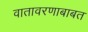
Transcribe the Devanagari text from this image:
वातावरणाबाबत